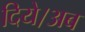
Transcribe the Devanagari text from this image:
दिये।अब